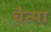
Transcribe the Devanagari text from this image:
चैत्या